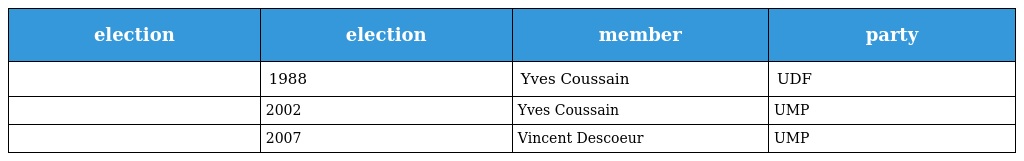
| election | election | member | party |
 | --- | --- | --- | --- |
 |  | 1988 | Yves Coussain | UDF |
 |  | 2002 | Yves Coussain | UMP |
 |  | 2007 | Vincent Descoeur | UMP |